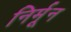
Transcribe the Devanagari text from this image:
निर्मून